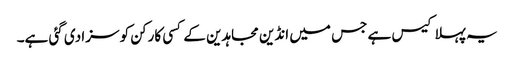
یہ پہلا کیس ہے جس میں انڈین مجاہدین کے کسی کارکن کو سزا دی گئی ہے۔